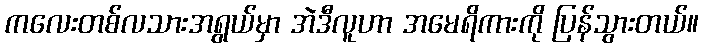
ကလေးတစ်လသားအရွယ်မှာ အဲဒီလူဟာ အမေရိကားကို ပြန်သွားတယ်။